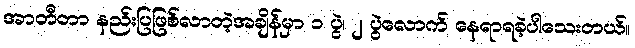
အာတီတာ နည်းပြဖြစ်လာတဲ့အချိန်မှာ ၁ ပွဲ၊ ၂ ပွဲလောက် နေရာရခဲ့ပါသေးတယ်။